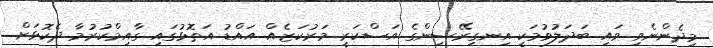
މިދެންނެވި ވައި ބަދަލުވުމަކީ އިނގިރޭސިންގެ އަސްކަރީ މަރުކަޒެއް އައްޑު އަތޮޅުގައި ގާއިމްކުރުމާ ދެކޮޅަށް